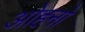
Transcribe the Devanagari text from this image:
ओहनो